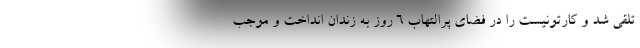
تلقی شد و کارتونیست را در فضای پرالتهاب 6 روز به زندان انداخت و موجب